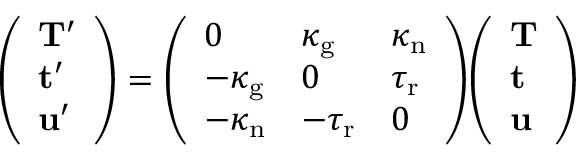
{ \left( \begin{array} { l } { \mathbf { T } ^ { \prime } } \\ { \mathbf { t } ^ { \prime } } \\ { \mathbf { u } ^ { \prime } } \end{array} \right) } = { \left( \begin{array} { l l l } { 0 } & { \kappa _ { \mathrm { g } } } & { \kappa _ { \mathrm { n } } } \\ { - \kappa _ { \mathrm { g } } } & { 0 } & { \tau _ { \mathrm { r } } } \\ { - \kappa _ { \mathrm { n } } } & { - \tau _ { \mathrm { r } } } & { 0 } \end{array} \right) } { \left( \begin{array} { l } { \mathbf { T } } \\ { \mathbf { t } } \\ { \mathbf { u } } \end{array} \right) }